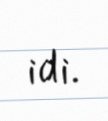
idi.